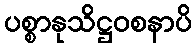
ပစ္စာနုသိဋ္ဌဝစနာပိ